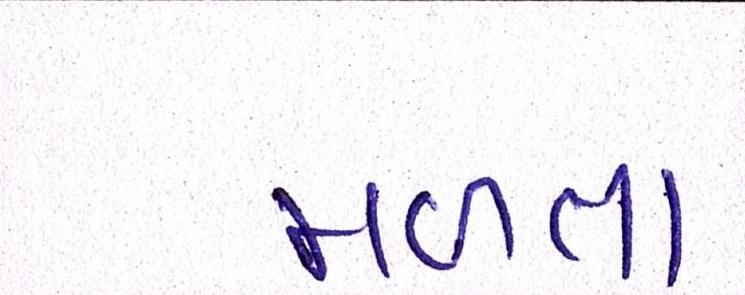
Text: મળત